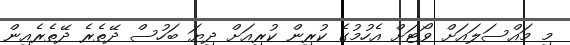
މި މައްސަލައަށް ވޯޓަށް އެހުމުގެ ކުރިން ކުރިއަށް ދިޔަ ބަހުސް ދޭތެރެ ދޭތެރެއިން